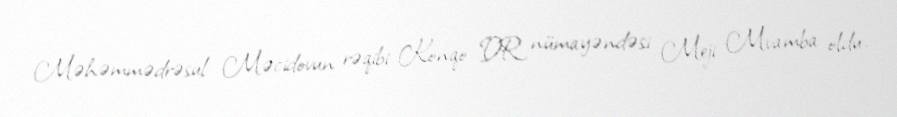
Məhəmmədrəsul Məcidovun rəqibi Konqo DR nümayəndəsi Meji Mvamba oldu.